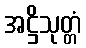
အဋ္ဌိသုတ္တံ